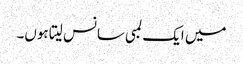
میں ایک لمبی سانس لیتا ہوں۔